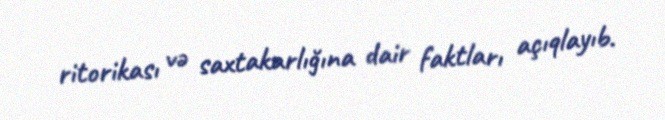
ritorikası və saxtakarlığına dair faktları açıqlayıb.